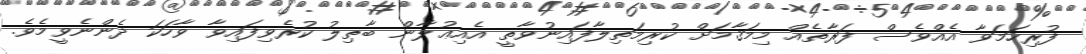
ފުރިހަމަވާ އެއްވެސް ފަރާތެއް މިމަޤާމަށް ކުރިމަތިލާފައިނުވާތީ އެއިޢުލާން ބާޠިލު ކުރެވިފައިވާ ވާހަކަ ދެންނެވީމެވެ.